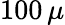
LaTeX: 100\, \mu